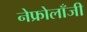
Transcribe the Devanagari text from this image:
नेफ्रोलॉंजी